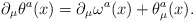
\begin{align*}\partial_{\mu}{\theta}^{a}(x)=\partial_{\mu}{\omega}^{a}(x)+{\theta}_{\mu}^{a}(x).\end{align*}